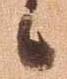
候